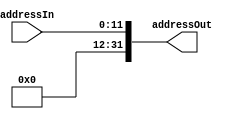
module padAddress(addressIn, addressOut);

	input[11:0] addressIn;
	output[31:0] addressOut;

	assign addressOut[11:0] = addressIn;
	
	genvar c;
	generate
		for(c=0; c<20; c = c + 1) begin : forLoop
			and	genAnd(addressOut[c+12], 1'b0, 1'b0);
		end
	endgenerate
	
endmodule